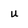
Character: u